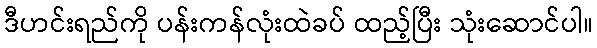
ဒီဟင်းရည်ကို ပန်းကန်လုံးထဲခပ် ထည့်ပြီး သုံးဆောင်ပါ။